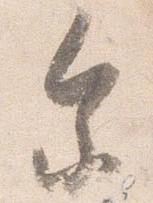
参